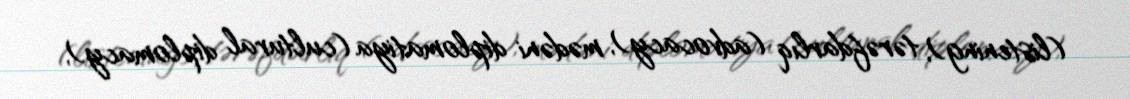
(listening), tərəfdarlıq (advocacy), mədəni diplomatiya (cultural diplomacy),